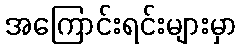
အကြောင်းရင်းများမှာ